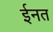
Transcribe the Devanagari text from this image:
ईनत